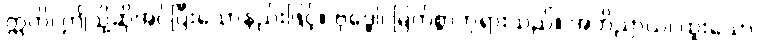
ဣတိ၊ ဤသို့ဆိုအပ်ပြီးသောနည်းဖြင့်။ ဗုဒ္ဓေါ၊ မြတ်စွာဘုရားသည်။ အဘိညာယ၊ ထူးသော